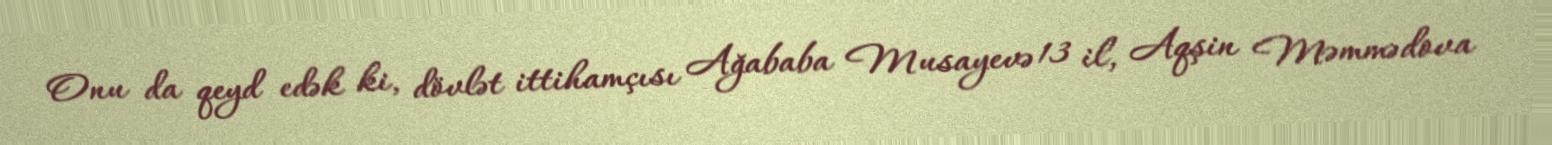
Onu da qeyd edək ki, dövlət ittihamçısı Ağababa Musayevə 13 il, Aqşin Məmmədova